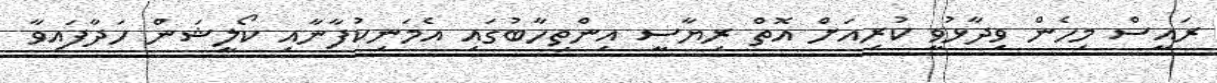
ރައީސް މިހެން ވިދާޅުވީ ކުރިއަށް އޮތް ރިޔާސީ އިންތިހާބުގައި އެމަނިކުފާނާއި ކޯލީޝަން ހަދާފައިވާ